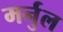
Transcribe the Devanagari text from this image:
मर्नुल